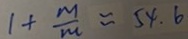
1 + \frac { m } { m } \approx 5 4 . 6